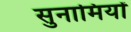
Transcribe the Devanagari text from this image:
सुनामियों